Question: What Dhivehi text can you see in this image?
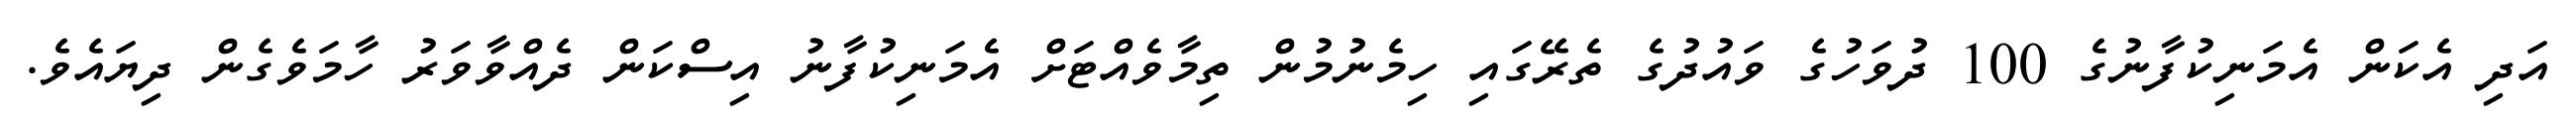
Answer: އަދި އެކަން އެމަނިކުފާނުގެ 100 ދުވަހުގެ ވައުދުގެ ތެރޭގައި ހިމެނުމުން ތިމާވެއްޓަށް އެމަނިކުފާނު އިސްކަން ދެއްވާވަރު ހާމަވެގެން ދިޔައެވެ.